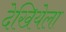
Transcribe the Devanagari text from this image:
देखियेला